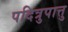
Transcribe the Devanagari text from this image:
पदित्रुपात्तु